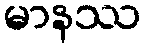
မာနဿ